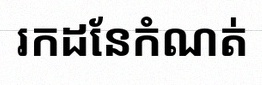
រកដែនកំណត់